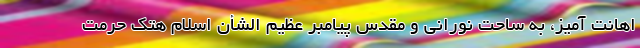
اهانت آمیز، به ساحت نورانی و مقدس پیامبر عظیم الشأن اسلام هتک حرمت